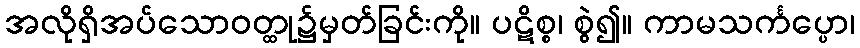
အလိုရှိအပ်သောဝတ္ထု၌မှတ်ခြင်းကို။ ပဋိစ္စ၊ စွဲ၍။ ကာမသင်္ကပ္ပော၊